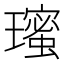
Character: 𭺋